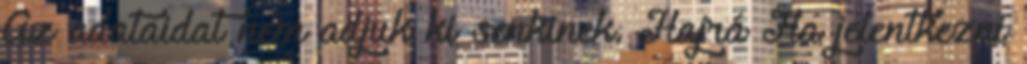
Az adataidat nem adjuk ki senkinek. Hajrá Ha jelentkezni